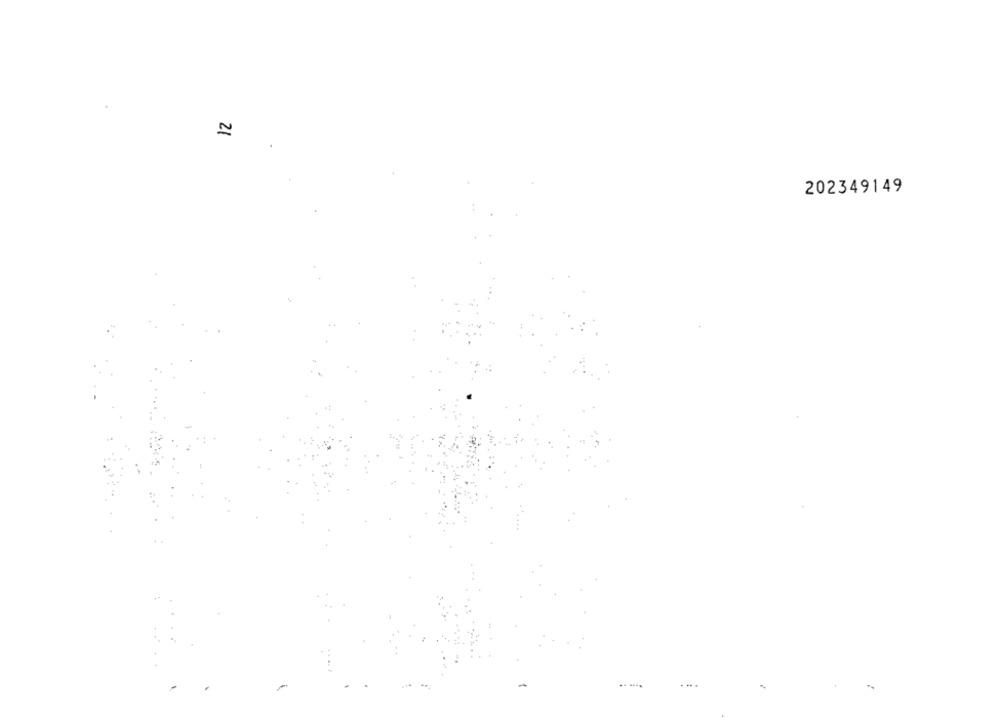
202349149